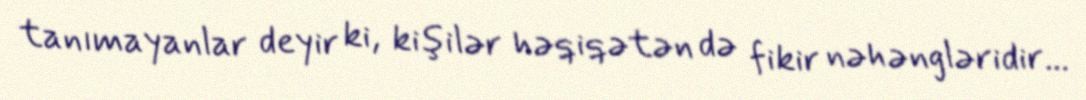
tanımayanlar deyir ki, kişilər həqiqətən də fikir nəhəngləridir...